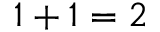
1 + 1 = 2